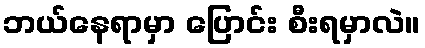
ဘယ်နေရာမှာ ပြောင်း စီးရမှာလဲ။